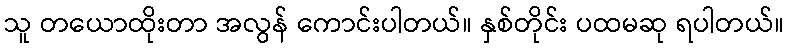
သူ တယောထိုးတာ အလွန် ကောင်းပါတယ်။ နှစ်တိုင်း ပထမဆု ရပါတယ်။